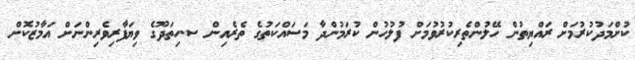
ކުުށްމަދުކުރުމަށް ރައްޔިތުން ހޭލުންތެރިކުރުވުމަށް ފުލުހުން ކުރަމުންދާ މަސައްކަތުގެ ތެރެއިން ސ.ހިތަދޫގެ ވިޔަފާރިވެރިންނަށް އަމާޒުކޮށް